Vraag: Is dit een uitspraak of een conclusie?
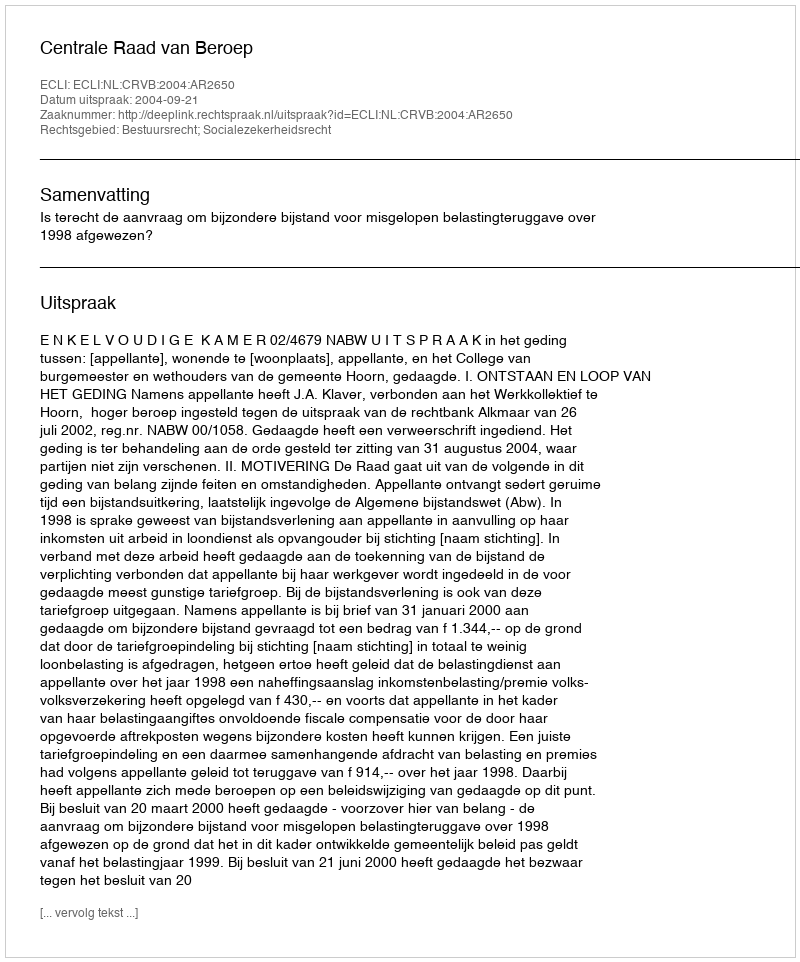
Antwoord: Uitspraak